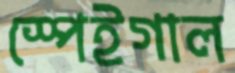
স্পেইগাল